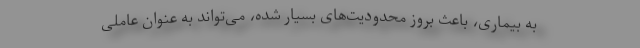
به بیماری، باعث بروز محدودیت‌های بسیار شده، می‌تواند به عنوان عاملی